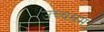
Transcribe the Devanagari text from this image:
उच्चसम